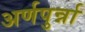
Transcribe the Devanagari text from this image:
अर्णपुर्न्ना